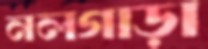
নলগাড়া